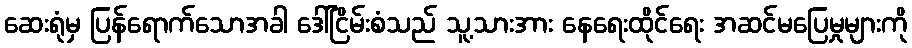
ဆေးရုံမှ ပြန်ရောက်သောအခါ ဒေါ်ငြိမ်းစံသည် သူ့သားအား နေရေးထိုင်ရေး အဆင်မပြေမှုများကို